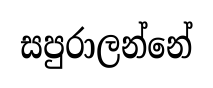
සපුරාලන්නේ